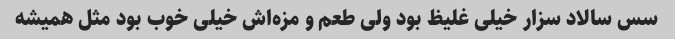
سس سالاد سزار خیلی غلیظ بود ولی طعم و مزه‌اش خیلی خوب بود مثل همیشه